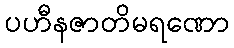
ပဟီနဇာတိမရဏော